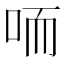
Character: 㖇